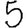
Digit: 5